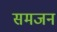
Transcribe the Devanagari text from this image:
समजन